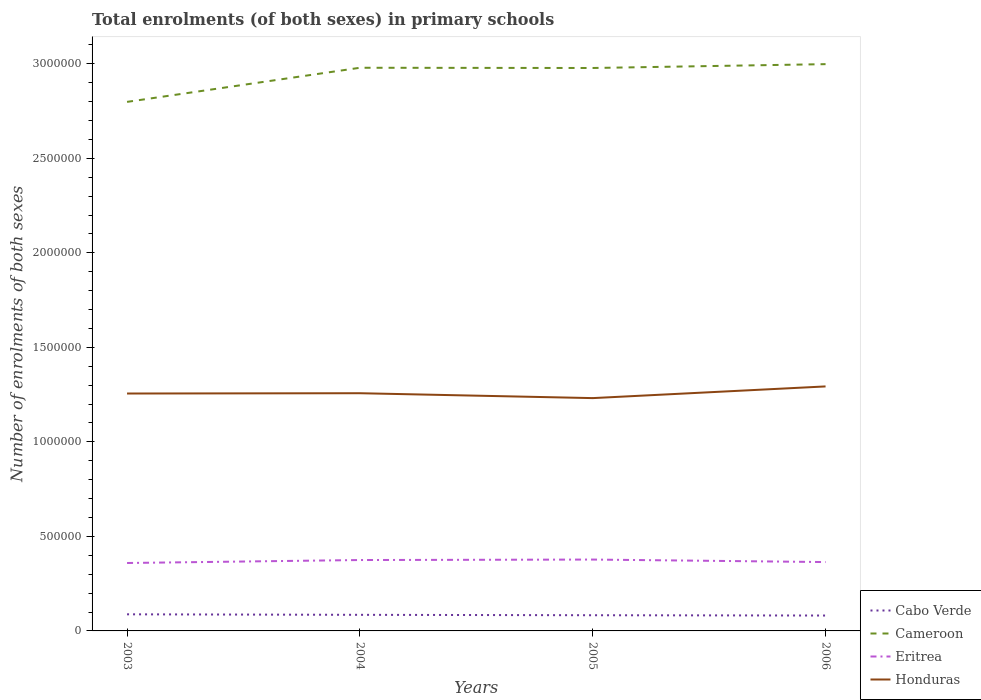
| Years | Cabo Verde | Cameroon | Eritrea | Honduras |
 | --- | --- | --- | --- | --- |
 | 2003 | 8.78e+04 | 2.8e+06 | 3.59e+05 | 1.26e+06 |
 | 2004 | 8.51e+04 | 2.98e+06 | 3.75e+05 | 1.26e+06 |
 | 2005 | 8.3e+04 | 2.98e+06 | 3.78e+05 | 1.23e+06 |
 | 2006 | 8.14e+04 | 3e+06 | 3.64e+05 | 1.29e+06 |